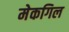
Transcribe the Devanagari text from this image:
मेकगिल